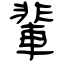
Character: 輩